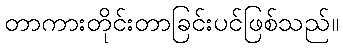
တာကားတိုင်းတာခြင်းပင်ဖြစ်သည်။